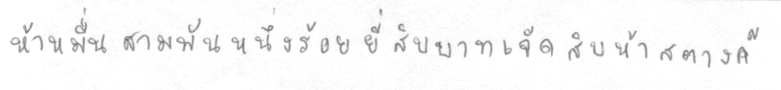
ห้าหมื่นสามพันหนึ่งร้อยยี่สิบบาทเจ็ดสิบห้าสตางค์